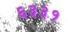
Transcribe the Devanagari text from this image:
६३३१